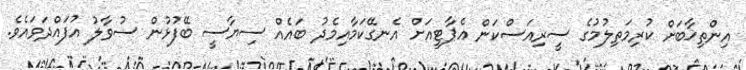
އިންތިޚާބަށް ކުރިމަތިލުމުގެ ސީރިއަސްކަން އެޕާޓީއަށް އެނގޭކަމާއިމެދު ބައެއް ސިޔާސީ ބޭފުޅުން ސުވާލު އުފައްދަވައެވެ.